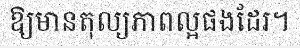
ឱ្យមានតុល្យភាពល្អផងដែរ។